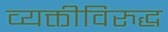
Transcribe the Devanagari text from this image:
व्यक्तीविरुद्ध